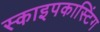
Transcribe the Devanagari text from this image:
स्काइपकास्टिंग